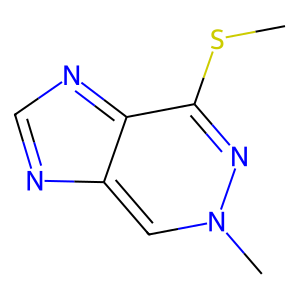
SMILES: CSc1nn(C)cc2ncnc1-2
Inhibits HIV replication: No